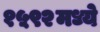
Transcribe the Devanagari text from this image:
१५९२मध्ये